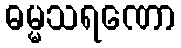
ဓမ္မသရဏော